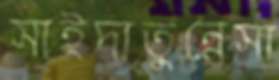
সাইদাতুন্নেসা